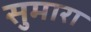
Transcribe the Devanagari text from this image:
सुमारा